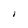
Character: I